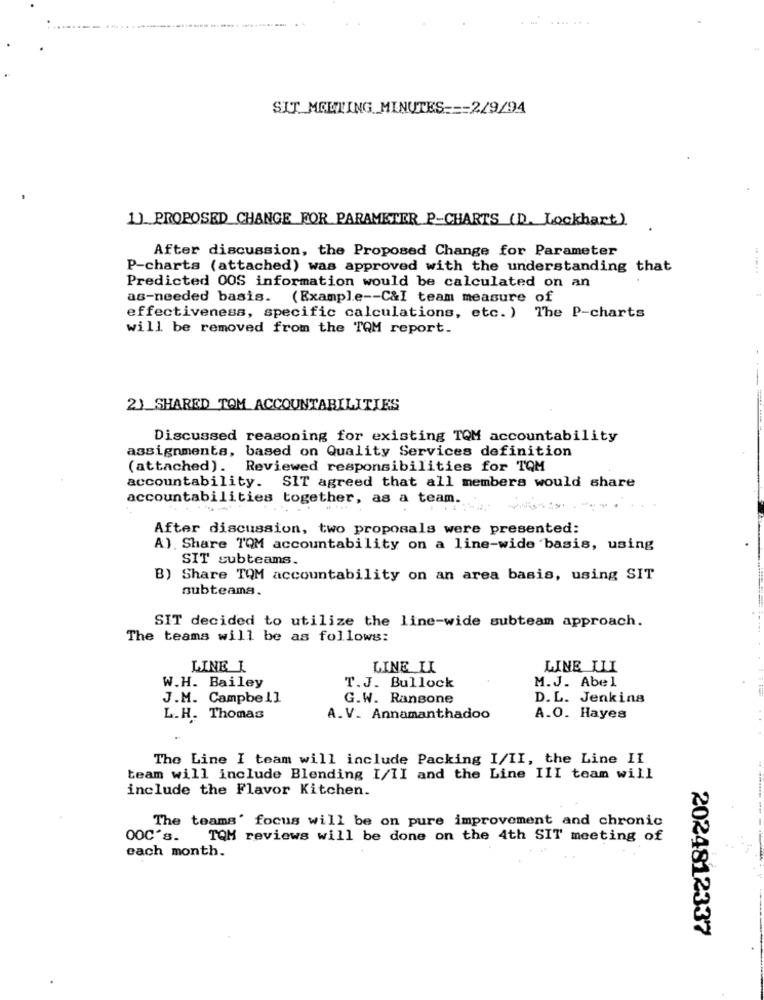
SIT MEETING MINUTES === 2/9/94
1] PROPOSED CHANGE FOR PARAMETER P-CHARTS (D. Lockhart)
After discussion, the Proposed Change for Parameter
P-charts (attached) was approved with the understanding that
Predicted 00S information would be calculated on an
as-needed basis. (Example -- C&I team measure of
effectiveness, specific calculations, etc. ) The P-charts
will be removed from the TQM report.
2) SHARED TOM ACCOUNTABILITIES
Discussed reasoning for existing TQM accountability
assignments, based on Quality Services definition
(attached). Reviewed responsibilities for TQM
accountability. SIT agreed that all members would share
accountabilities together, as a team.
After discussion, two proposals were presented:
A). Share TQM accountability on a line-wide basis, using
SIT subteams.
B) Share TQM accountability on an area basis, using SIT
subteams.
SIT decided to utilize the line-wide subteam approach.
The teams will be as follows:
LINE L
LINE LI
LINE LLI
M.J. Abel
W.H. Bailey
T.J. Bullock
J.M. Campbell
G.W. Ransone
D.L. Jenkins
L.H. Thomas
A.V. Annamanthadoo
A.O. Hayes
The Line I team will include Packing I/II, the Line II
team will include Blending I/II and the Line III team will
include the Flavor Kitchen.
The teams' focus will be on pure improvement and chronic
OOC's.
TQM reviews will be done on the 4th SIT meeting of
each month.
2024812337